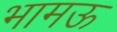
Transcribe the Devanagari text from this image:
भामऊ